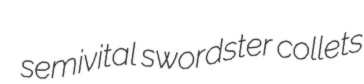
semivital swordster collets